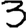
Digit: 3